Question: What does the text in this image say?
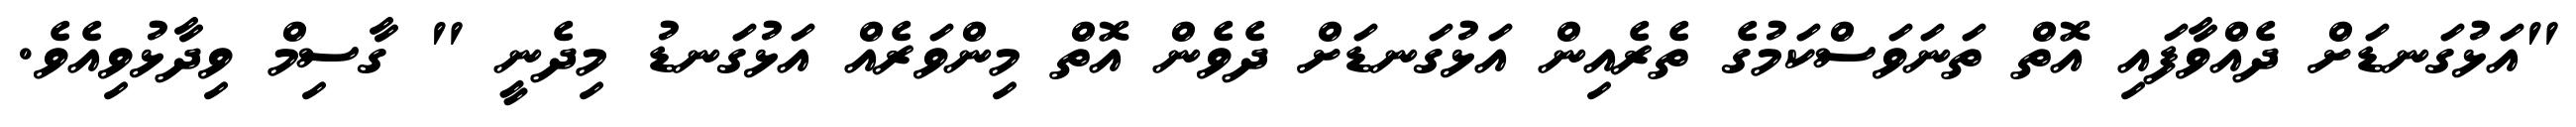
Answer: "އަޅުގަނޑަށް ދެއްވާފައި އޮތް ތަނަވަސްކަމުގެ ތެރެއިން އަޅުގަނޑަށް ދެވެން އޮތް މިންވަރެއް އަޅުގަނޑު މިދެނީ " ގާސިމް ވިދާޅުވިއެވެ.